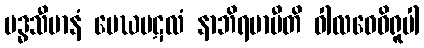
ဗဒ္ဓသီမာနံ မေဃပဋလံ နာဘိရမာမီတိ ဝါလဝေဓိရူပါ